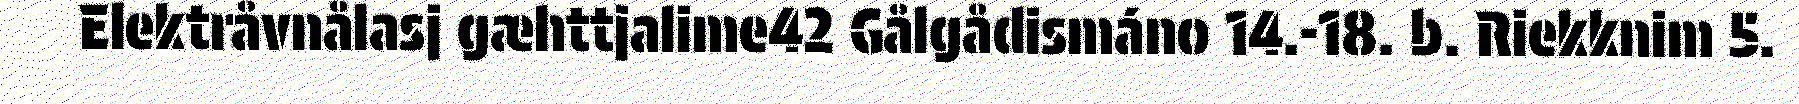
Elektråvnålasj gæhttjalime42 Gålgådismáno 14.-18. b. Riekknim 5.